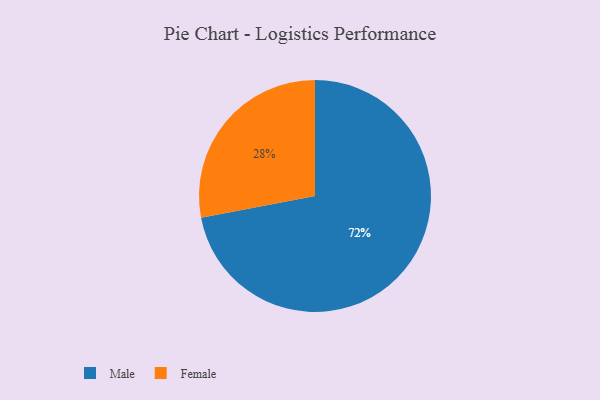
{"axis": {"x": "Category", "y": "Percentage"}, "legend": ["Female", "Male"], "data": [{"x": "Female", "y": 28, "type": "Female"}, {"x": "Male", "y": 72, "type": "Male"}]}